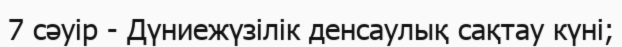
7 сәуір - Дүниежүзілік денсаулық сақтау күні;